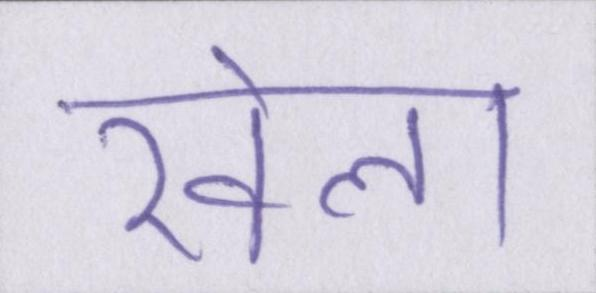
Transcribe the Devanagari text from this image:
खेला